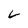
Character: V